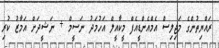
ރައްޔިތުންގެ މަޖިލިސް އެމްއެންޑީއެފް މީކާއީލް އަހުމަދު ނަސީމް + ނަޝީދަށް އަމާޒު ކުރި